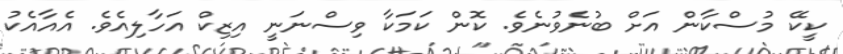
ކީކޭ މުސްކާން އަށް ބުނެވުނެވެ. ކޮން ކަމަކާ ވިސްނަނީ އިޒިކް އަހާލިއެވެ. އެއާއެކު